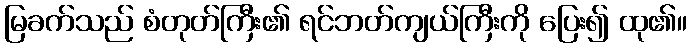
မြခက်သည် စံတုတ်ကြီး၏ ရင်ဘတ်ကျယ်ကြီးကို ပြေး၍ ထု၏။